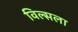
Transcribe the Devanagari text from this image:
विल्सला